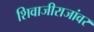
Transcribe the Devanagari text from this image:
शिवाजीराजांवर